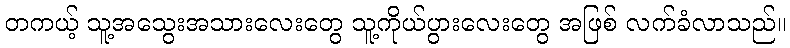
တကယ့် သူ့အသွေးအသားလေးတွေ သူ့ကိုယ်ပွားလေးတွေ အဖြစ် လက်ခံလာသည်။